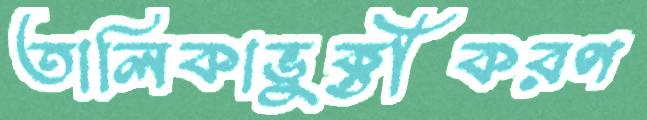
তালিকাভুক্তীকরণ